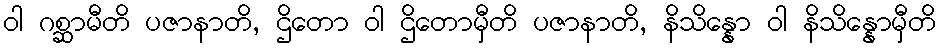
ဝါ ဂစ္ဆာမီတိ ပဇာနာတိ, ဌိတော ဝါ ဌိတောမှီတိ ပဇာနာတိ, နိသိန္နော ဝါ နိသိန္နောမှီတိ